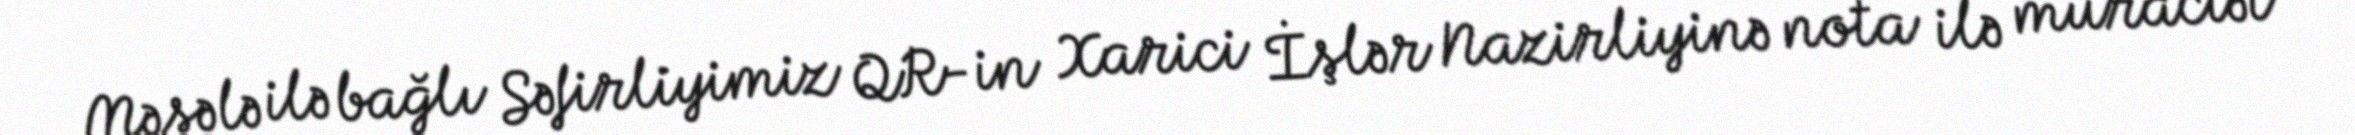
Məsələ ilə bağlı Səfirliyimiz QR-in Xarici İşlər Nazirliyinə nota ilə müraciət